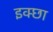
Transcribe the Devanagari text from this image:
इक्छा